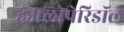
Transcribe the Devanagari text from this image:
हॅअलोपेरिडॉल